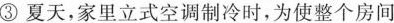
③夏天，家里立式空调制冷时，为使整个房间